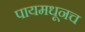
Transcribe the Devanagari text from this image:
पायमधूनच